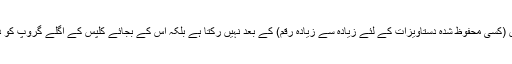
[موڈ] اگر آپ "ہسٹری کے تمام کلپس کو آرکائو" کرتے ہیں تو یہ عمل cl 43 کلپس (کسی محفوظ شدہ دستاویزات کے لئے زیادہ سے زیادہ رقم) کے بعد نہیں رکتا ہے بلکہ اس کے بجائے کلپس کے اگلے گروپ کو ذخیرہ کرنے کے لئے تعداد میں اضافہ کے ساتھ ایک نیا آرکائیو شامل کیا جاتا ہے۔